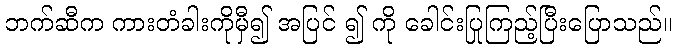
ဘက်ဆီက ကားတံခါးကိုမှီ၍ အပြင် ၍ ကို ခေါင်းပြုကြည့်ပြီးပြောသည်။